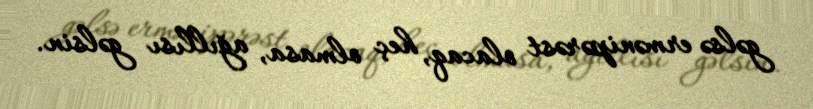
gəlsə ermənipərəst olacaq, heç olmasa, ağıllısı gəlsin.